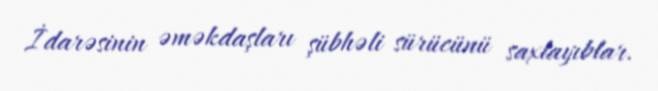
İdarəsinin əməkdaşları şübhəli sürücünü saxlayıblar.